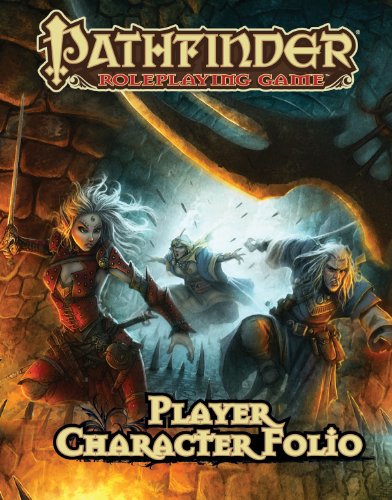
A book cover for Pathfinder Roleplaying Game Player Character Folio; Jason Bulmahn; Science Fiction & Fantasy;